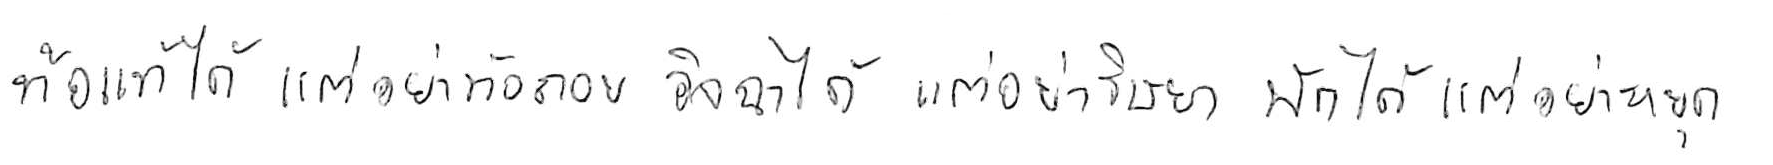
ท้อแท้ได้ แต่อย่าท้อถอย อิจฉาได้ แต่อย่าริษยา พักได้ แต่อย่าหยุด